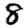
Digit: 8